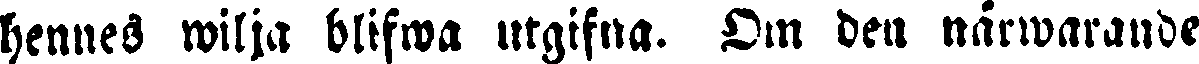
hennes wilja blifwa utgifna. Om den närwarande